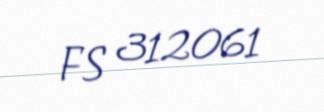
FS 312061